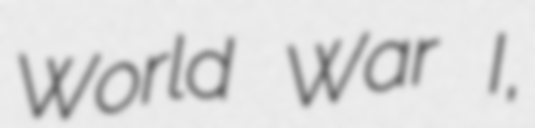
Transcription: World War I,